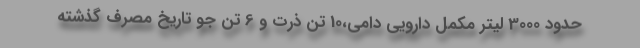
حدود 3000 لیتر مکمل دارویی دامی،10 تن ذرت و 6 تن جو تاریخ مصرف گذشته